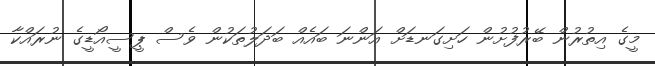
މީގެ އިތުރުން ބޭރުފުށުން ހަށިގަނޑަށް އަންނަ ބައެއް ބަދަލުތަކުން ވެސް ޕީސީއޯޑީގެ ނުރައްކާ